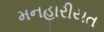
મનહારીયત